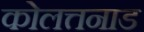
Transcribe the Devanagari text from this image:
कोलत्तनाड